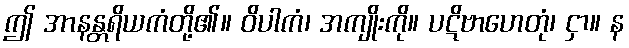
ဤ အာနန္တရိယကံတို့၏။ ဝိပါကံ၊ အကျိုးကို။ ပဋိဗာဟေတုံ၊ ငှာ။ န